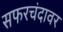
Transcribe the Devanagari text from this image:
सफरचंदावर